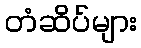
တံဆိပ်များ